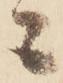
ニ